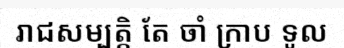
រាជសម្បត្តិ តែ ចាំ ក្រាប ទូល